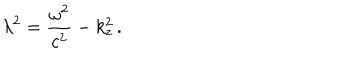
\lambda ^ { 2 } = \frac { \omega ^ { 2 } } { c ^ { 2 } } - k _ { z } ^ { 2 } \, { . }